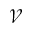
\mathcal { V }